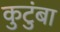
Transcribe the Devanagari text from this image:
कुटुंबा